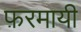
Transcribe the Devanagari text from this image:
फ़रमायी